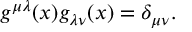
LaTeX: g ^ { \mu \lambda } ( x ) g _ { \lambda \nu } ( x ) = \delta _ { \mu \nu } .